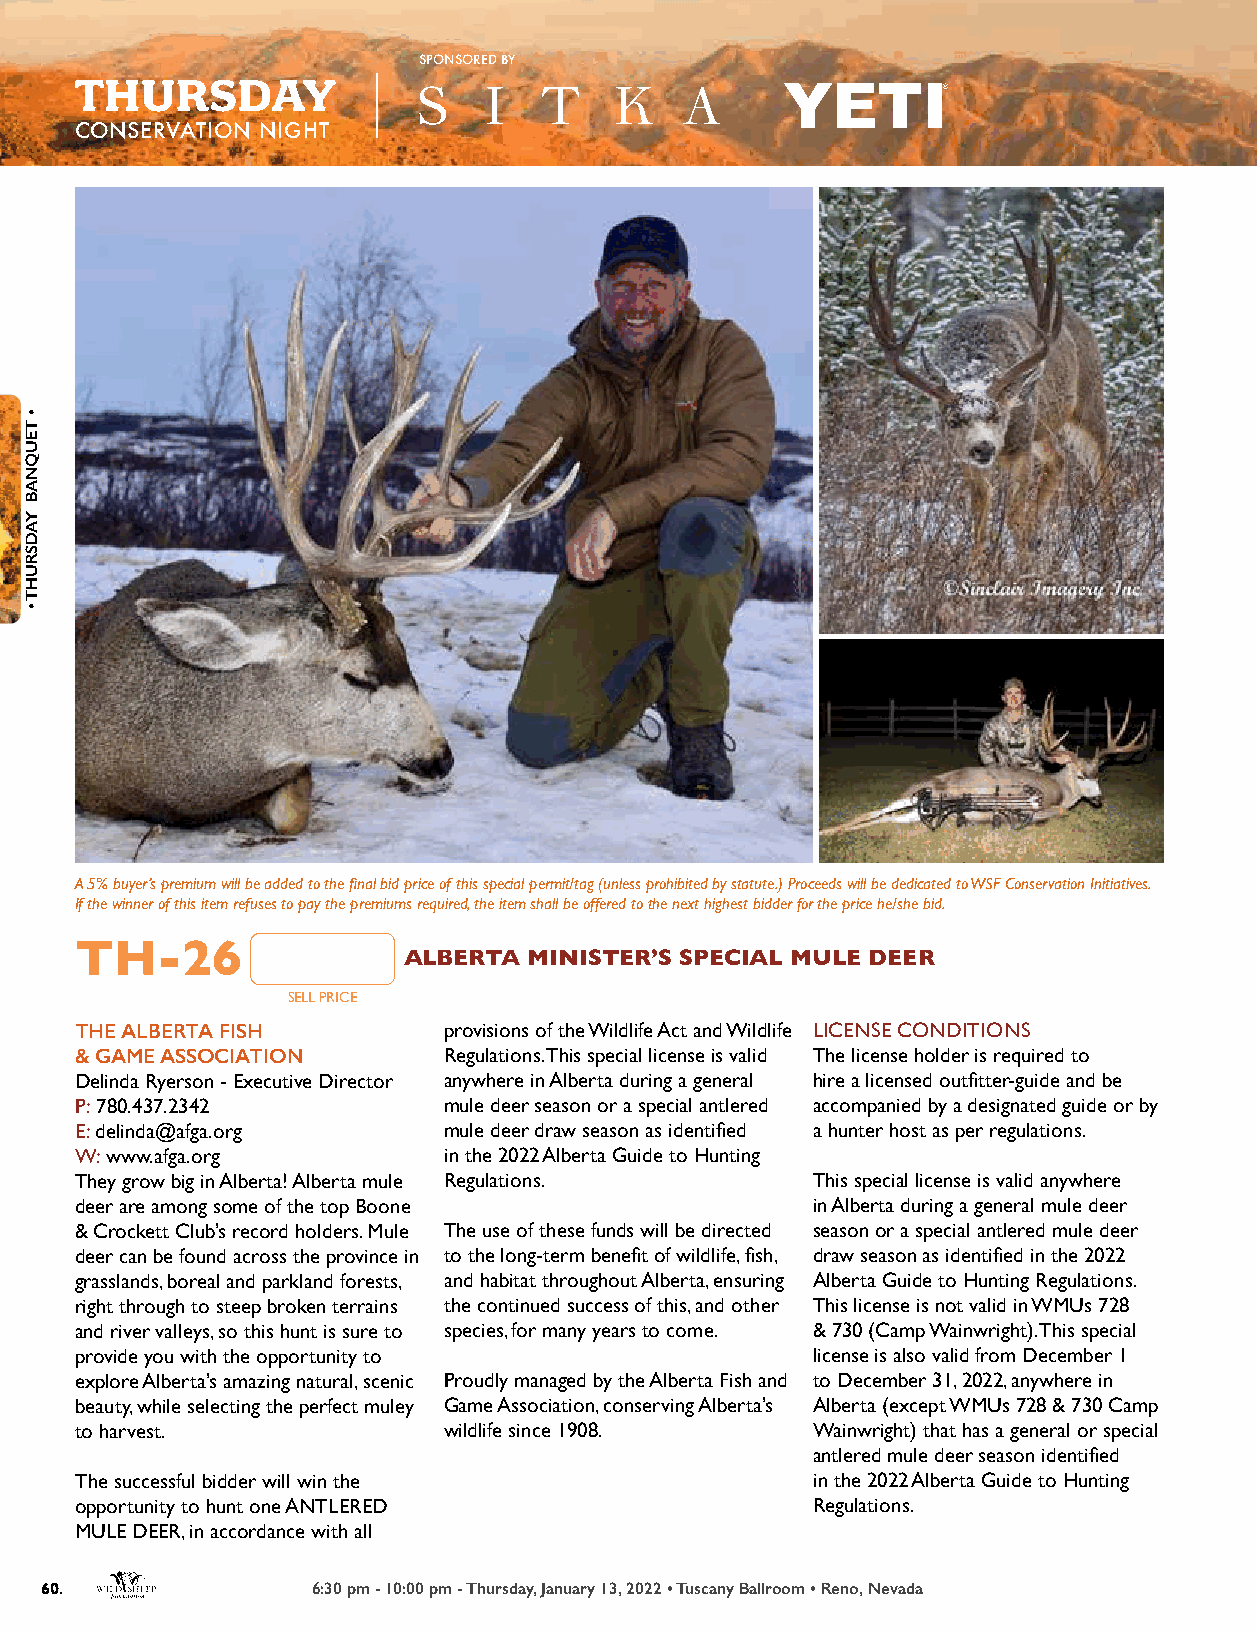
SPONSORED BY
 THURSDAY
 CONSERVATION NIGHT
 A 5% buyer’s premium will be added to the final bid price of this special permit/tag (unless prohibited by statute.) Proceeds will be dedicated to WSF Conservation Initiatives.
 If the winner of this item refuses to pay the premiums required, the item shall be offered to the next highest bidder for the price he/she bid.
 TH-26
 ALBERTA MINISTER’S SPECIAL MULE DEER
 SELL PRICE
 THE ALBERTA FISH        provisions of the Wildlife Act and Wildlife LICENSE CONDITIONS
 & GAME ASSOCIATION      Regulations. This special license is valid The license holder is required to
 Delinda Ryerson - Executive Director anywhere in Alberta during a general hire a licensed outfitter-guide and be
 P: 780.437.2342         mule deer season or a special antlered accompanied by a designated guide or by
 E: delinda@afga.org     mule deer draw season as identified a hunter host as per regulations.
 W: www.afga.org         in the 2022 Alberta Guide to Hunting
 They grow big in Alberta! Alberta mule Regulations. This special license is valid anywhere
 deer are among some of the top Boone             in Alberta during a general mule deer
 & Crockett Club’s record holders. Mule The use of these funds will be directed season or a special antlered mule deer
 deer can be found across the province in to the long-term benefit of wildlife, fish, draw season as identified in the 2022
 grasslands, boreal and parkland forests, and habitat throughout Alberta, ensuring Alberta Guide to Hunting Regulations.
 right through to steep broken terrains the continued success of this, and other This license is not valid in WMUs 728
 and river valleys, so this hunt is sure to species, for many years to come. & 730 (Camp Wainwright). This special
 provide you with the opportunity to              license is also valid from December 1
 explore Alberta’s amazing natural, scenic Proudly managed by the Alberta Fish and to December 31, 2022, anywhere in
 beauty, while selecting the perfect muley Game Association, conserving Alberta’s Alberta (except WMUs 728 & 730 Camp
 to harvest.             wildlife since 1908.     Wainwright) that has a general or special
 antlered mule deer season identified
 The successful bidder will win the               in the 2022 Alberta Guide to Hunting
 opportunity to hunt one ANTLERED                 Regulations.
 MULE DEER, in accordance with all
 60.               6:30 pm - 10:00 pm - Thursday, January 13, 2022 • Tuscany Ballroom • Reno, Nevada
 •
 TEUQNAB
 YADSRUHT
 •